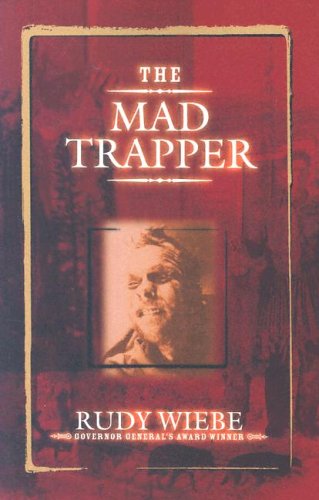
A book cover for The Mad Trapper; Rudy Wiebe; Teen & Young Adult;